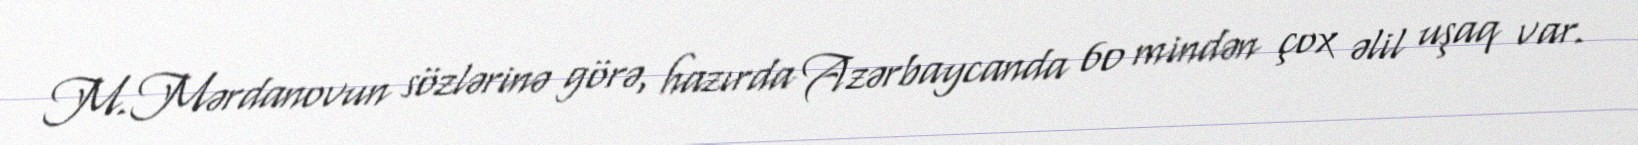
M.Mərdanovun sözlərinə görə, hazırda Azərbaycanda 60 mindən çox əlil uşaq var.